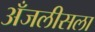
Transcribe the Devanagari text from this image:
अँजलीसला